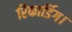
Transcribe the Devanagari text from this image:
रिकार्डिग।